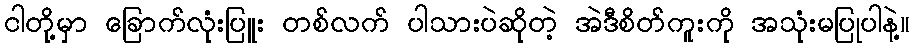
ငါတို့မှာ ခြောက်လုံးပြူး တစ်လက် ပါသားပဲဆိုတဲ့ အဲဒီစိတ်ကူးကို အသုံးမပြုပါနဲ့။